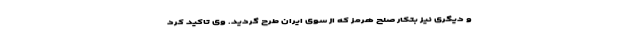
و دیگری نیز بتکار صلح هرمز که از سوی ایران طرح گردید. وی تاکید کرد